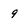
Character: 9